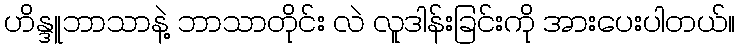
ဟိန္ဒူဘာသာနဲ့ ဘာသာတိုင်း လဲ လူဒါန်းခြင်းကို အားပေးပါတယ်။